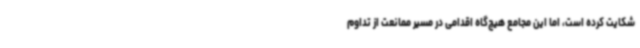
شکایت کرده است، اما این مجامع هیچ‌گاه اقدامی در مسیر ممانعت از تداوم